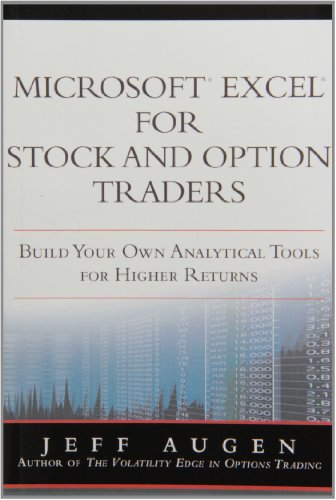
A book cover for Microsoft Excel for Stock and Option Traders: Build Your Own Analytical Tools for Higher Returns (paperback); Jeff Augen; Business & Money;